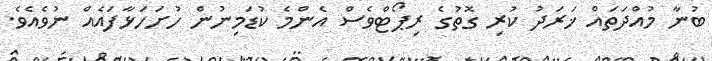
ބުނާ މުއްދަތައް ޚަރަދު ކުރި ގޮތުގެ ރިޕޯޓްވެސް އެންމެ ކުޑަމިނުން ހުށަހަޅާފައެއް ނުވެއެވެ.